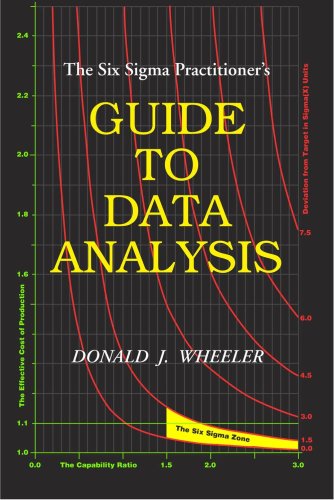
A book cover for The Six SIGMA Practitioner's Guide to Data Analysis; Donald J. Wheeler; Business & Money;